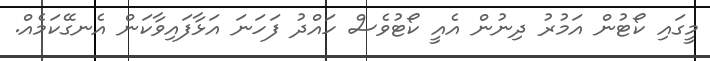
މީގައި ކޯޓުން އަމުރު ދިނުން އެއީ ކޯޓުވެސް ހައްދު ފަހަނަ އަޅާފައިވާކަން އެނގޭކަމެއް.